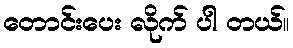
တောင်းပေး လိုက် ပါ တယ်။